Leaving Certificate Examination, 1905
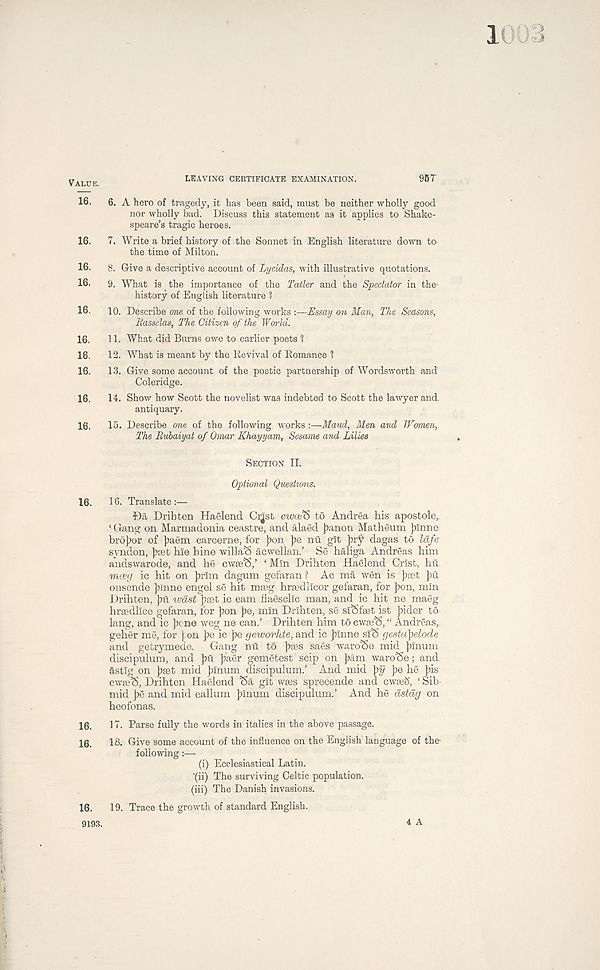
VALUE.
16.
16.
16.
16.
16.
16.
16.
16.
16.
16.
16.
16.
16.
16.
9193.
LEAVING CERTIFICATE EXAMINATION.
95 T
6. A hero of tragedy, it has been said, must be neither wholly good
nor wholly bad. Discuss this statement as it applies to Shake-
speare’s tragic heroes.
7. Write a brief history of the Sonnet in English literature down to
the time of Milton.
8. Give a descriptive account of Lycidas, with illustrative quotations.
9. What is > the importance of the Tatler and the Spectator in the
history of English literature 1
10. Describe one of the following works :—Essay on Man, The Seasons,
Basselas, The Citizen of the World.
11. What did Burns owe to earlier poets 1
12. What is meant by the Revival of Romance ?
13. Give some account of the poetic partnership of Wordsworth and
Coleridge.
14. Show how Scott the novelist was indebted to Scott the lawyer and.
antiquary.
15. Describe one of the following works :—Maud, Men and JVamen,
The Rubaiyat of Omar Khayyam, Sesame and Lilies
SECTION II.
Optional Questions.
16. Translate :—
Da Drib ten Haelend Cr^st cwotiS to Andrea his apostole^
‘ Gang on Marmadonia ceastre, and alaed J?anon Matheum junne
broJ>or of jiaein carcerne, for ])on ]?e nu git ]?ry dagas to lafe
syndon, jxet hie hine willaS acwellan.’ Se haliga Andreas him
andswarode, and he cwDe’S,’ ‘ Min Drihten Haelend Crist, hu.
nntrjy ic hit on ]Mm dagum gefaran ? Ac ma wen is Jiaet ]ru
onsende ]?inne engel se hit ncneg hreedllcor gefaran, for Jion, min
Drihten, jni roast ]ieet ic earn flaescllc man, and ic hit ne maeg
hrasdllce gefaran, for Jion pe, min Drihten, se siSfeet ist Jiider to
lang, and ic ]xne weg ne can.’ Drihten him to cwaa'S, “ Andreas,,
geher me, for (ion pe ic pe geworhte, and ic Jilnne slS gestapelode
and getrymede. Gang nu to jiyes saes waro^e mid filnum
discipulum, and ])fi ]iaer gemetest scip on )?am waro'Se; and.
astlg on jiaet mid Jjlnum discipulum.’ And mid py pe he bis
CAvae'S, Drihten Haelend Sa git wies sprecende and cwaeS, ‘ Sib'
mid pe and mid eallum })Inum discipulum.’ And he dstdg on
heofonas.
17. Parse fully the words in italics in the above passage.
18. Give some account of the influence on the English language of the-
following:—
(i) Ecclesiastical Latin.
‘(ii) The surviving Celtic population.
(hi) The Danish invasions.
19. Trace the growth of standard English.
4 A